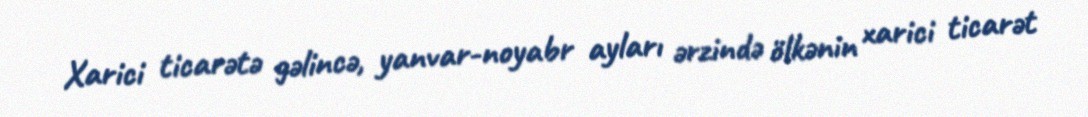
Xarici ticarətə gəlincə, yanvar-noyabr ayları ərzində ölkənin xarici ticarət